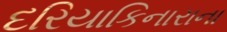
દરિયાકિનારાના